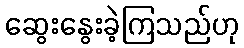
ဆွေးနွေးခဲ့ကြသည်ဟု